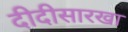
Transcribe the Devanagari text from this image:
दीदीसारखा